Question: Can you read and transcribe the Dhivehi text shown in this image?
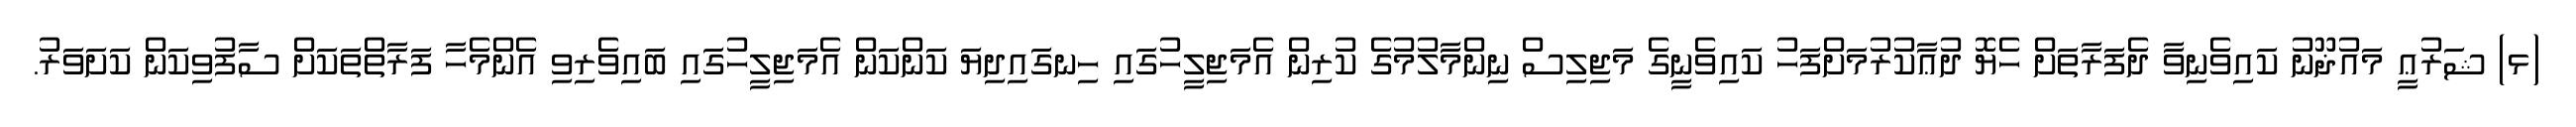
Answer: (ޅ) ޝަރުޢީ މައުޛޫނު ކައިވެނިވާ ދެފަރާތަށް ހެޔޮ ދުޢާކުރުމަށްފަހު ކައިވެނީގެ މަޖިލިސް ނިންމާލުމުގެ ކުރިން އެމަޖިލީހުގައި ހިނގައިދިޔަ ކަންކަން އެމަޖިލީހުގައި ބައިވެރިވި އެންމެހާ ފަރާތްތަކަށް ސާފުވިކަން ކަށަވަރު.